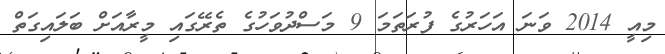
މިއީ 2014 ވަނަ އަހަރުގެ ފުރަތަމަ 9 މަސްދުވަހުގެ ތެރޭގައި މީރާއަށް ބަލައިގަތް